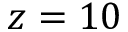
z = 1 0